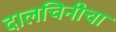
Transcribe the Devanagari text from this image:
दालचिनीचा